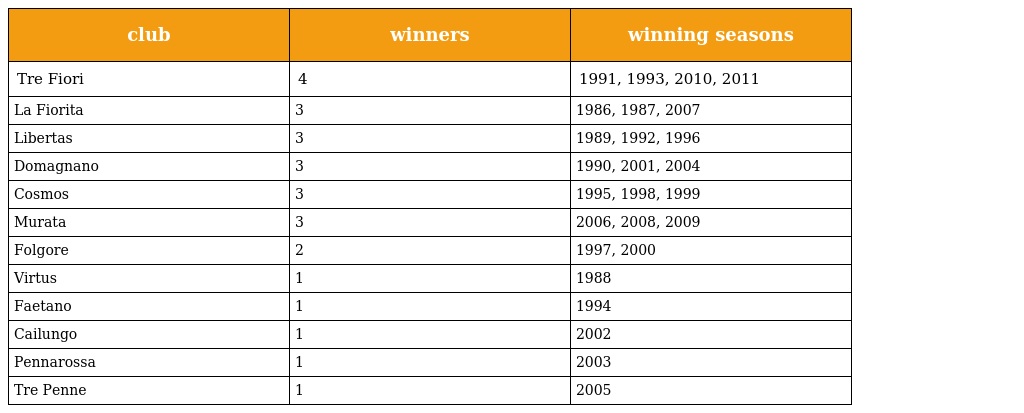
| club | winners | winning seasons |
 | --- | --- | --- |
 | Tre Fiori | 4 | 1991, 1993, 2010, 2011 |
 | La Fiorita | 3 | 1986, 1987, 2007 |
 | Libertas | 3 | 1989, 1992, 1996 |
 | Domagnano | 3 | 1990, 2001, 2004 |
 | Cosmos | 3 | 1995, 1998, 1999 |
 | Murata | 3 | 2006, 2008, 2009 |
 | Folgore | 2 | 1997, 2000 |
 | Virtus | 1 | 1988 |
 | Faetano | 1 | 1994 |
 | Cailungo | 1 | 2002 |
 | Pennarossa | 1 | 2003 |
 | Tre Penne | 1 | 2005 |